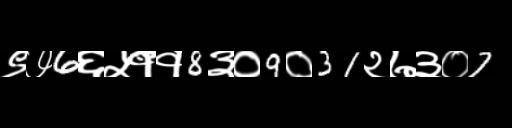
Text: ९७6६५११8३०9०31२७३०7